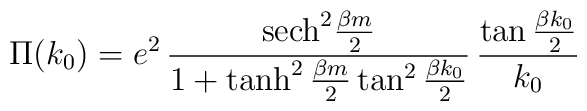
\Pi (k_{0}) = e^{2}\,{{\rm sech}^{2} {\beta m\over 2}\over 1 +\tanh^{2} {\beta m\over 2} \tan^{2} {\beta k_{0}\over 2}}\,{\tan{\beta k_{0}\over 2}\over k_{0}}